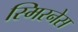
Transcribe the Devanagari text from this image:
स्मिरनेस